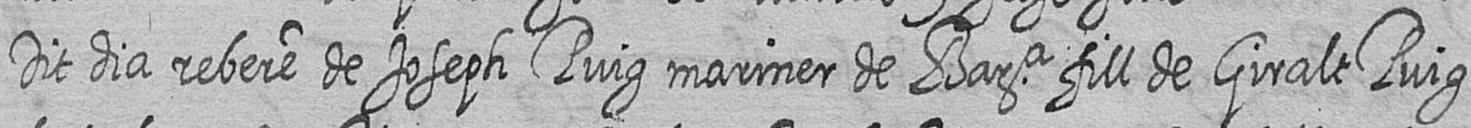
Dit dia rebere de Joseph Puig mariner de Bara fill de Giralt Puig